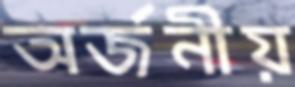
অর্জনীয়